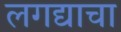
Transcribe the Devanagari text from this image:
लगद्याचा